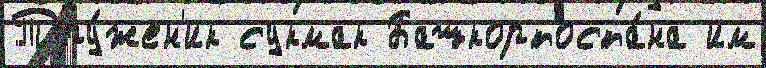
Тру́жен'ик сукмак Башкортоста́на им